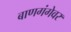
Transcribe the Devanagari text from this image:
बाणगंगेवर